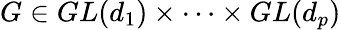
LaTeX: G\in GL(d_{1})\times\cdots\times GL(d_{p})